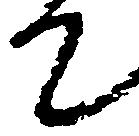
て